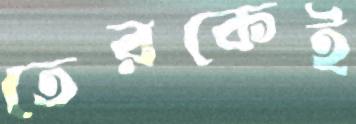
তেরকেই